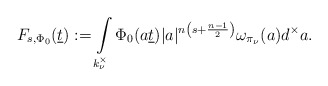
\begin{align*}F_{s,\Phi_0}(\underline{t}):=\int\limits_{k_\nu^\times}\Phi_0(a \underline{t})|a|^{n\left(s+\frac{n-1}{2}\right)} \omega_{\pi_{\nu}}(a)d^\times a.\end{align*}